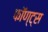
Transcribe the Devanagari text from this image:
फॉण्ट्स